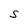
Character: S